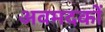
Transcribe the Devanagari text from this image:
अवमदकों